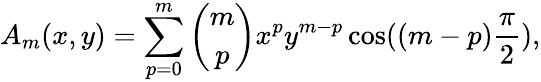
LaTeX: A_{m}(x,y)=\sum_{p=0}^{m}{\binom{m}{p}}x^{p}y^{m-p}\cos((m-p){\frac{\pi}{2}}),